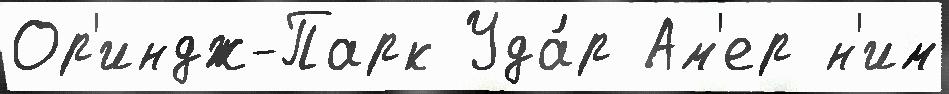
Ор'индж-Парк Уда́р Ам'ер н'им